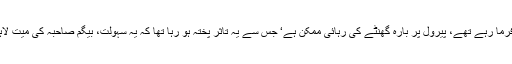
اطلاعات کے وفاقی وزیر سپاٹ لہجے میں قانونی پوزیشن واضح فرما رہے تھے، پیرول پر بارہ گھنٹے کی رہائی ممکن ہے‘ جس سے یہ تاثر پختہ ہو رہا تھا کہ یہ سہولت، بیگم صاحبہ کی میت لاہور پہنچنے سے لے کر تدفین کے مراحل مکمل ہونے تک ہو گی۔